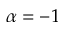
\alpha = - 1